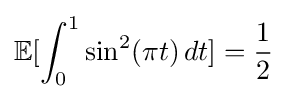
\mathbb {E} [\int _{0}^{1}\sin ^{2}(\pi t)\,dt]={\frac {1}{2}}